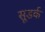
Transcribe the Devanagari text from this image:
सूडर्क